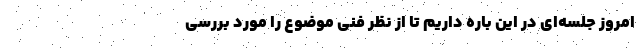
امروز جلسه‌ای در این باره داریم تا از نظر فنی موضوع را مورد بررسی